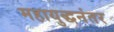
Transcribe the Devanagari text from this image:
महायुद्धनंतर